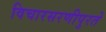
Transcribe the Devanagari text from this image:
विचारसरणीपुरते